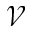
\mathcal { V }